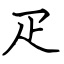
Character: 疋